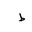
Letter: _da